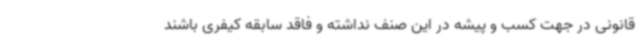
قانونی در جهت کسب و پیشه در این صنف نداشته و فاقد سابقه کیفری باشند